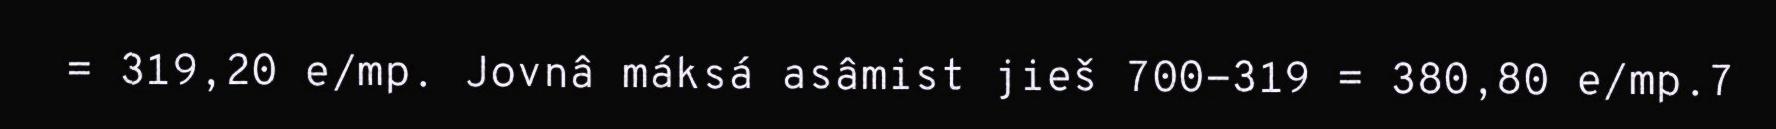
= 319,20 e/mp. Jovnâ máksá asâmist jieš 700-319 = 380,80 e/mp.7